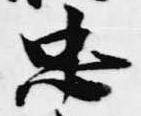
忠